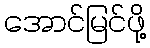
အောင်မြင်ဖို့